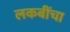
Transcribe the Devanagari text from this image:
लकबींचा